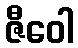
ဇီဝေါ